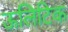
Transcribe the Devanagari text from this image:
ऊलिटिक